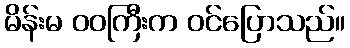
မိန်းမ ဝဝကြီးက ဝင်ပြောသည်။